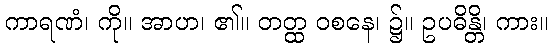
ကာရဏံ၊ ကို။ အာဟ၊ ၏။ တတ္ထ ဝစနေ၊ ၌။ ဥပဓိန္တိ၊ ကား။